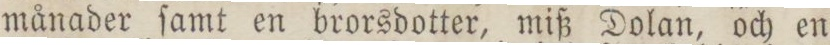
månader ſamt en brorsdotter, miß Dolan, och en